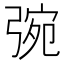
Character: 𢏿